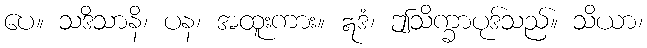
ပေ။ သဒိသာနိ၊ ပန၊ အထူးကား။ ဣဒံ၊ ဤသိက္ခာပုဒ်သည်။ သိယာ၊